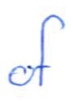
Text: of
Cross-out: clean
Writing tool: ballpoint